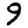
Digit: 9